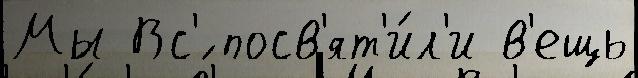
Мы Вс'́ посв'ят'и́л'и в'ещь